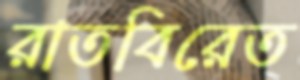
রাতবিরেত